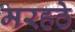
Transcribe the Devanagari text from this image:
मरहठे